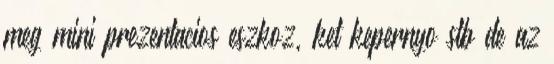
meg mini prezentacios eszkoz, ket kepernyo stb de az